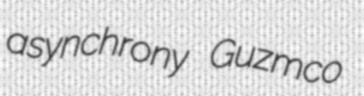
asynchrony Guzmco